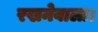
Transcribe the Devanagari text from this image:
रखनेवाला।